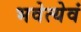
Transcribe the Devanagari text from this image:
भवेत्येवं